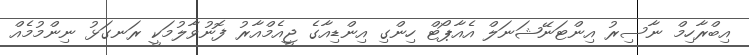
އިބްރާހިމް ނާސިރު އިންޓަނޭޝަނަލް އެއާޕޯޓް ހިންގި އިންޑިއާގެ ޖީއެމްއާރު ފޮނުވާލުމަކީ ރަނގަޅު ނިންމުމެއް